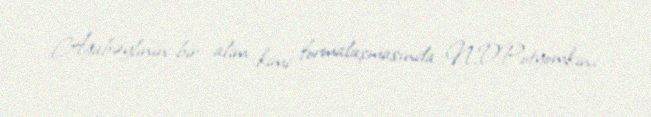
Ağabəylinin bir alim kimi formalaşmasında N.D.Potyomkin,